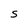
Character: S